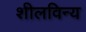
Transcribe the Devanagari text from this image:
शीलविन्य